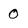
Character: 0